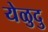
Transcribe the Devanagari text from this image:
येळुदु